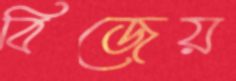
বিজেয়